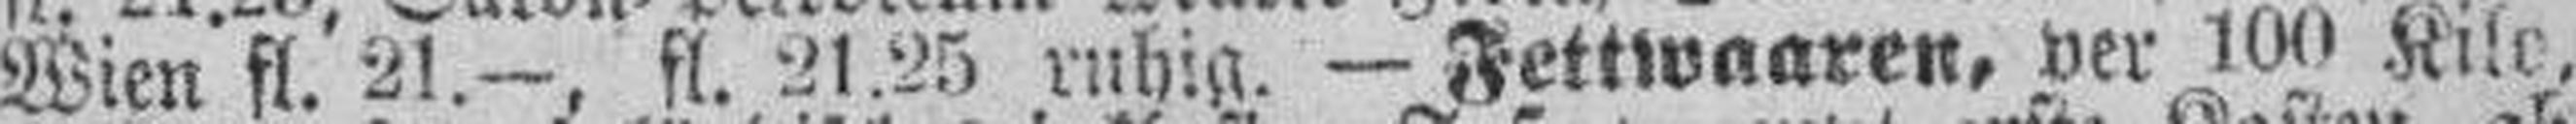
Wien fl. 21.—. fl. 21.25 ruhig. — Fettwaaren, per 100 Kilo,